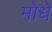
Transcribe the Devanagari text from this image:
मोधे